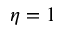
\eta = 1